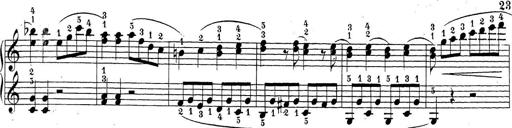
Title: Sonatina Album
Composer: Louis KÃ¶hler